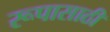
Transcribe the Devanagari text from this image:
रूपासाठी